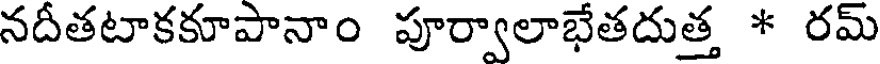
నదీతటాకకూపానాం పూర్వాలాభేతదుత్త * రమ్